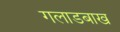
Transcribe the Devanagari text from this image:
गलाडबाख